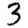
Digit: 3